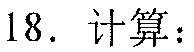
18. 计算：